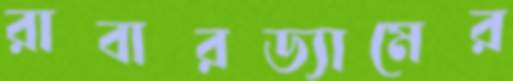
রাবারড্যামের